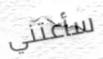
سأعتني